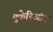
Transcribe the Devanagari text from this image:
युकैरिओट